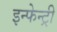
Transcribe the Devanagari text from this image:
इन्फेन्ट्री